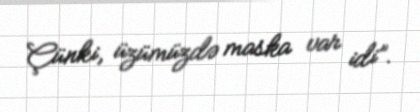
Çünki, üzümüzdə maska var idi”.